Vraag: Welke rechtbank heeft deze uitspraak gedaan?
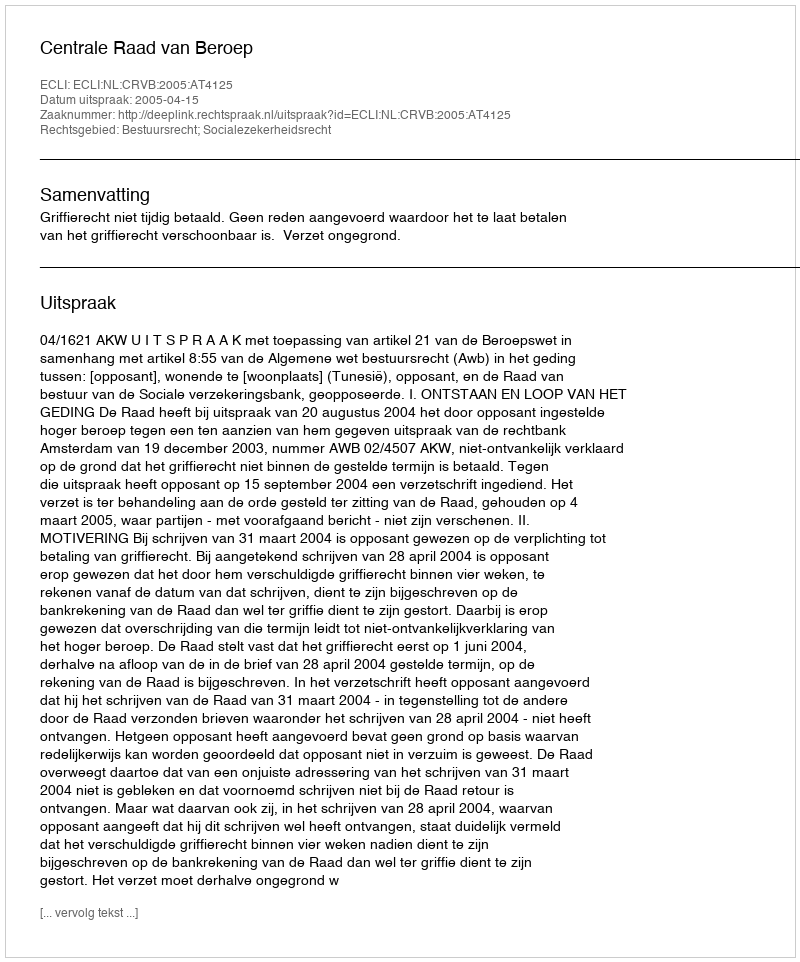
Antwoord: Centrale Raad van Beroep